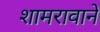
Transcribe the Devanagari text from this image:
शामरावाने